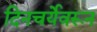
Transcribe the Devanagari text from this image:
दिनचर्येवरून